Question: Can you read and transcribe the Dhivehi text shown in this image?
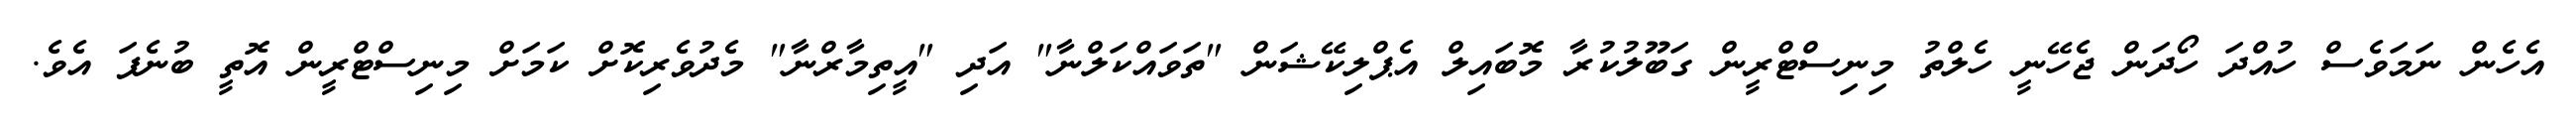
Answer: އެހެން ނަމަވެސް ހުއްދަ ހޯދަން ޖެހޭނީ ހެލްތު މިނިސްޓްރީން ގަބޫލުކުރާ މޮބައިލް އެޕްލިކޭޝަން "ތަވައްކަލްނާ" އަދި "އީތިމާރްނާ" މެދުވެރިކޮށް ކަމަށް މިނިސްޓްރީން އޮތީ ބުނެފަ އެވެ.